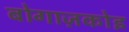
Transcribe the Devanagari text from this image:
बोगाज़कोइ